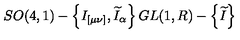
S O ( 4 , 1 ) - \left\{ I _ { [ \mu \nu ] } , \widetilde { I } _ { \alpha } \right\} G L ( 1 , R ) - \left\{ \widetilde { I } \right\}